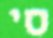
סי